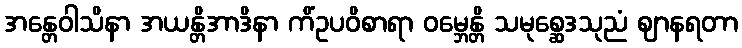
အန္တေဝါသိနာ အယန္တိအာဒိနာ ကိံဥပဝိစာရာ ဝမ္ဘေန္တိ သမုစ္ဆေဒသုညံ ဈာနရတာ